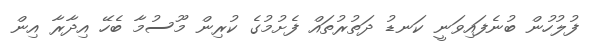
ފުލުހުން ބުނެފައިވަނީ ކަނޑު ދަތުރުތައް ފެށުމުގެ ކުރިން މޫސުމާ ބެހޭ އިދާރާ އިން